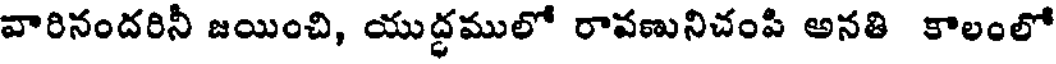
వారినందరినీ జయించి, యుద్ధములో రావణునిచంపి అనతి కాలంలో